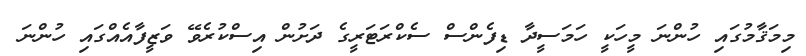
މިމަޤާމުގައި ހުންނަ މީހަކީ ހަމަސީދާ ޑިފެންސް ސެކްރަޓަރީގެ ދަށުން އިސްކުރެވޭ ވަޒީފާއެއްގައި ހުންނަ